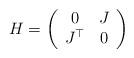
LaTeX: \begin{align*}H =\left(\begin{array}{cc}0 & J\\J^\top &0\end{array}\right)\end{align*}